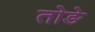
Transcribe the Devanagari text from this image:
तोङे